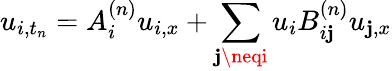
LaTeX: u_{i,t_{n}}=A_{i}^{(n)}u_{i,x}+\sum_{\mathbf{j}\neqi}u_{i}B_{i\mathbf{j}}^{(n)}u_{\mathbf{j},x}